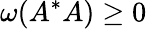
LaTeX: \omega(A^{*}A)\ge 0